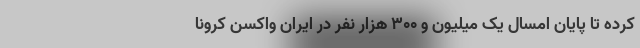
کرده تا پایان امسال یک میلیون و ۳۰۰ هزار نفر در ایران واکسن کرونا